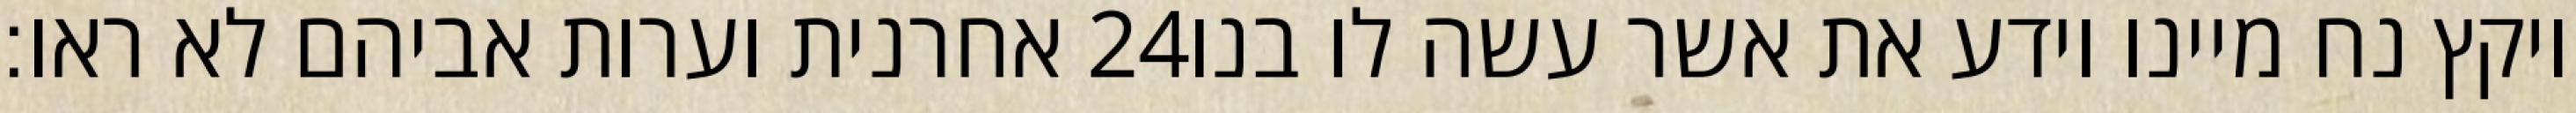
אחרנית וערות אביהם לא ראו׃ ‎24‏ ויקץ נח מיינו וידע את אשר עשה לו בנו